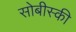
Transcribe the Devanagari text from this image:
सोबीस्की